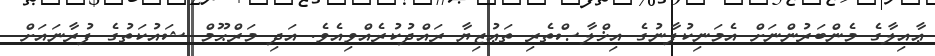
ޢާއިލާގެ މެންބަރުންނަށް އެމަނިކުފާނުގެ އިޚްލާޞްތެރި ތަޢުޒިޔާ ރައްދުކުރެއްވިއެވެ. އަދި މަރްޙޫމް ޝައުކަތުގެ ފުރާނައަށް